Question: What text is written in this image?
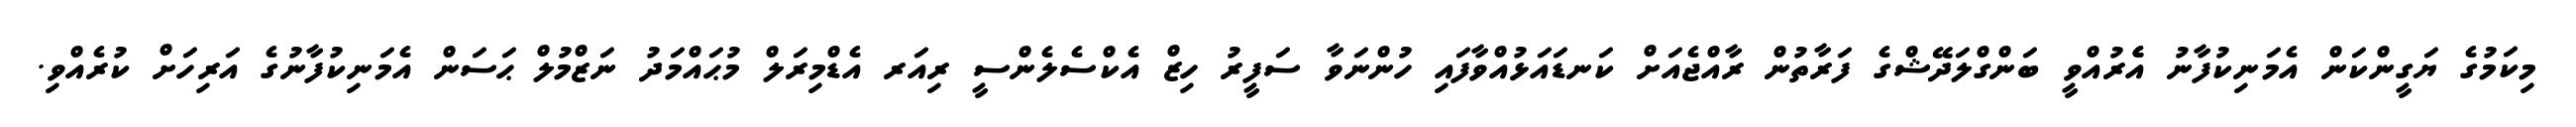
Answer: މިކަމުގެ ޔަގީންކަން އެމަނިކުފާނު އެެރުއްވީ ބަންގްލަދޭޝްގެ ފަރާތުން ރާއްޖެއަށް ކަނޑައަޅުއްވާފައި ހުންނަވާ ސަފީރު ހިޒް އެކްސެލެންސީ ރިއަރ އެޑްމިރަލް މުޙައްމަދު ނަޒްމުލް ޙަސަން އެމަނިކުފާނުގެ އަރިހަށް ކުރެއްވި.